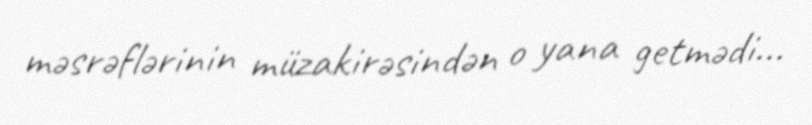
məsrəflərinin müzakirəsindən o yana getmədi...